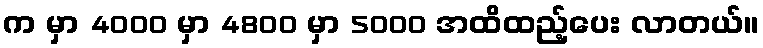
က မှာ 4000 မှာ 4800 မှာ 5000 အထိထည့်ပေး လာတယ်။